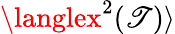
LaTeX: \langlex^{2}(\mathscr{T})\rangle